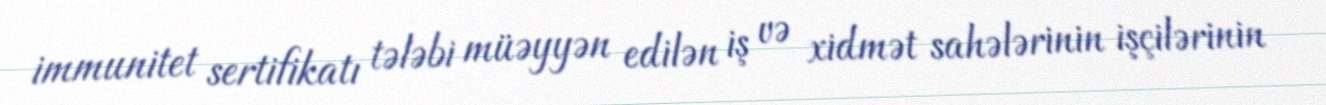
immunitet sertifikatı tələbi müəyyən edilən iş və xidmət sahələrinin işçilərinin